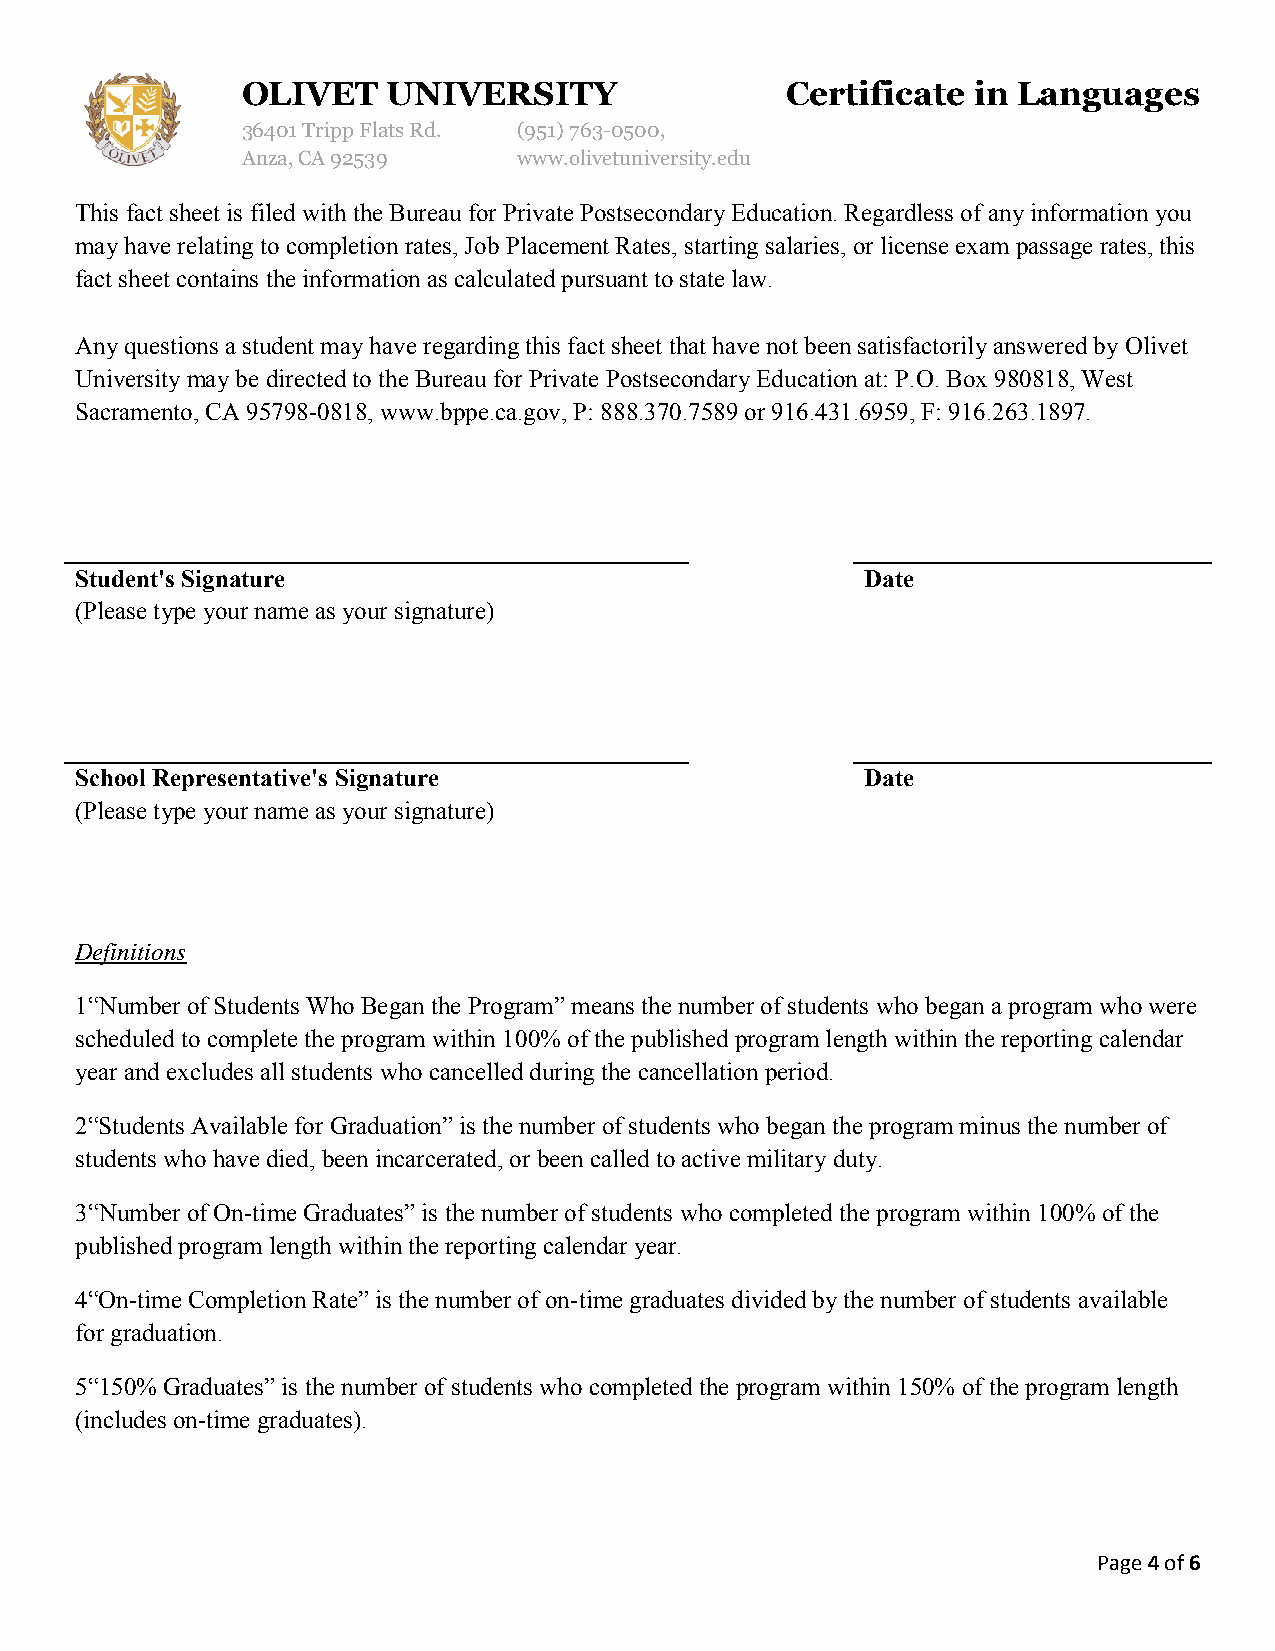
OLIVET    UNIVERSITY                Certificate in Languages
 36401 Tripp Flats Rd. (951)763-0500,
 Anza, CA 92539    www.olivetuniversity.edu
 This fact sheet is filed with the Bureau for Private Postsecondary Education. Regardless of any information you
 may have relating to completion rates, Job Placement Rates, starting salaries, or license exam passage rates, this
 fact sheet contains the information as calculated pursuant to state law.
 Any questions a student may have regarding this fact sheet that have not been satisfactorily answered by Olivet
 University may be directed to the Bureau for Private Postsecondary Education at: P.O. Box 980818, West
 Sacramento, CA 95798-0818, www.bppe.ca.gov, P: 888.370.7589 or 916.431.6959, F: 916.263.1897.
 Student's Signature                                 Date
 (Please type your name as your signature)
 School Representative's Signature                   Date
 (Please type your name as your signature)
 Definitions
 1“Number of Students Who Began the Program” means the number of students who began a program who were
 scheduled to complete the program within 100% of the published program length within the reporting calendar
 year and excludes all students who cancelled during the cancellation period.
 2“Students Available for Graduation” is the number of students who began the program minus the number of
 students who have died, been incarcerated, or been called to active military duty.
 3“Number of On-time Graduates” is the number of students who completed the program within 100% of the
 published program length within the reporting calendar year.
 4“On-time Completion Rate” is the number of on-time graduates divided by the number of students available
 for graduation.
 5“150% Graduates” is the number of students who completed the program within 150% of the program length
 (includes on-time graduates).
 Page 4 of 6